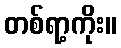
တစ်ရာ့ကိုး။